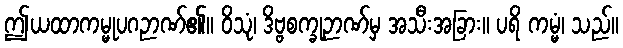
ဤယထာကမ္မုပဂဉာဏ်၏။ ဝိသုံ၊ ဒိဗ္ဗစက္ခုဉာဏ်မှ အသီးအခြား။ ပရိ ကမ္မံ၊ သည်။